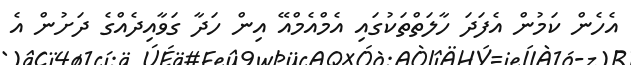
އެހެން ކަަމުން އެފަދަ ހާލަތްތަކުގައި އެމްއެމްއޭ އިން ހަދާ ގަވާއިދެއްގެ ދަށުން އެ